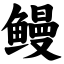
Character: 鳗